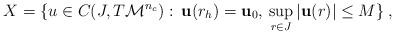
LaTeX: \begin{align*}X = \{ u \in C(J,T\mathcal{M}^{n_{c}}) : \: \mathbf{u}(r_{h}) = \mathbf{u}_{0}, \: \sup_{r\in J}|\mathbf{u}(r)|\leq M \} \:,\end{align*}